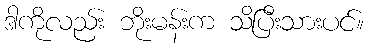
ဒါကိုလည်း ဘိုးမန်းက သိပြီးသားပင်။